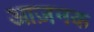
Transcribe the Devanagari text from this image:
आज़नक